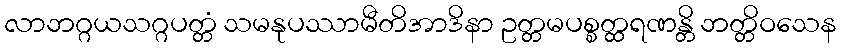
လာဘဂ္ဂယသဂ္ဂပတ္တံ သမနုပဿာမီတိအာဒိနာ ဥတ္တမပစ္စတ္ထရဏန္တိ ဘတ္တိဝသေန